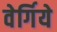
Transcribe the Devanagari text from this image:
वेर्गिये